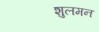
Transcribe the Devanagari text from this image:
शुलमन